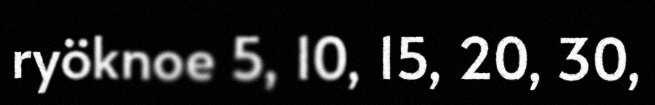
ryöknoe 5, 10, 15, 20, 30,